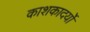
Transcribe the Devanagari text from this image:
काशकादर्यो